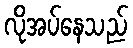
လိုအပ်နေသည်